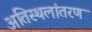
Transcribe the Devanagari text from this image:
अतिस्थलांतरण